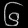
Digit: ၆